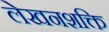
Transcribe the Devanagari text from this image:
लेखनशक्ति